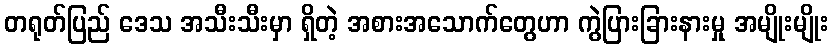
တရုတ်ပြည် ဒေသ အသီးသီးမှာ ရှိတဲ့ အစားအသောက်တွေဟာ ကွဲပြားခြားနားမှု အမျိုးမျိုး